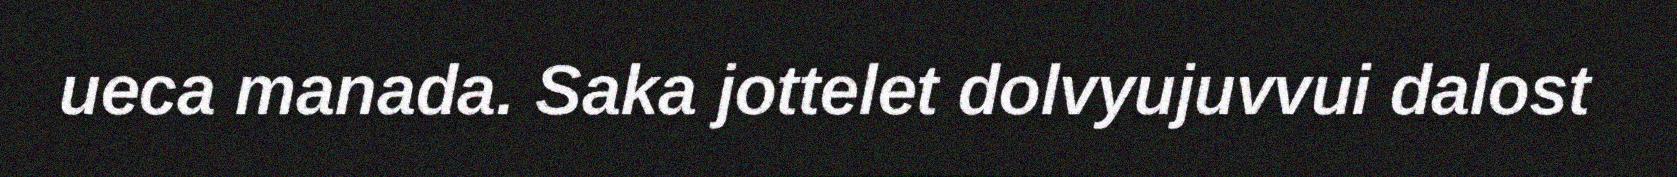
ueca manada. Saka jottelet dolvyujuvvui dalost